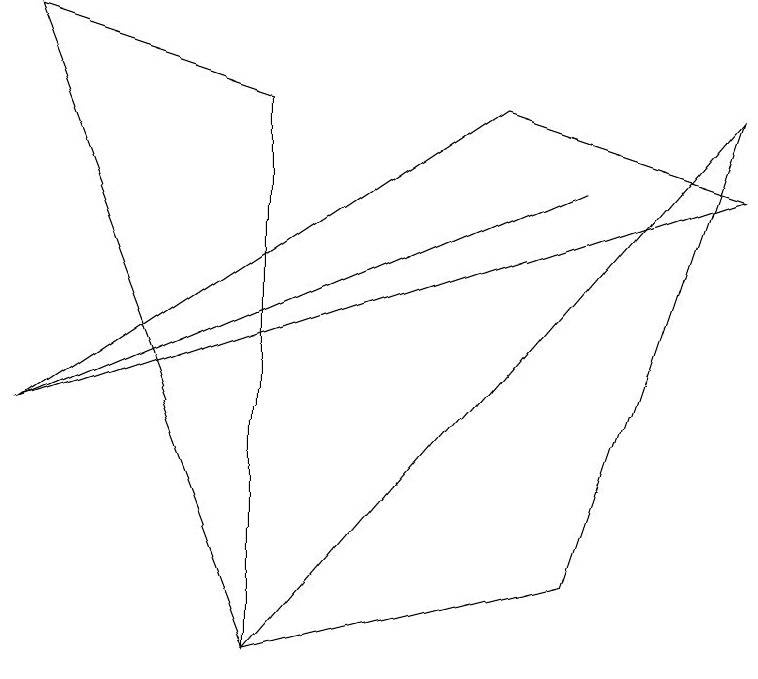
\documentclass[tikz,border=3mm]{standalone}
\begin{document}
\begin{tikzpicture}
\draw (0,3) -- (7,6) -- (0,3) -- cycle;
\draw (9,7) -- (7,1) -- (3,0) -- cycle;
\draw (0,3) -- (6,7) -- (9,6) -- cycle;
\draw (0,8) -- (3,7) -- (3,0) -- cycle;
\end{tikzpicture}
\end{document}